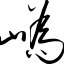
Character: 峤